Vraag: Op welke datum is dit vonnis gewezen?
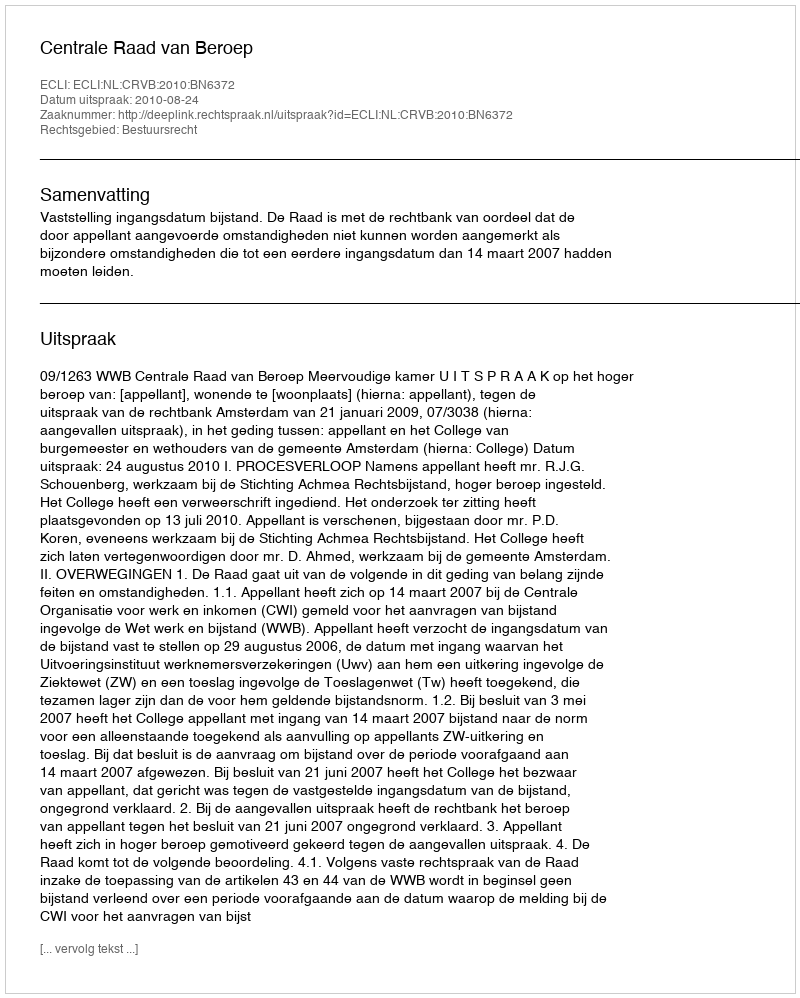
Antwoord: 2010-08-24